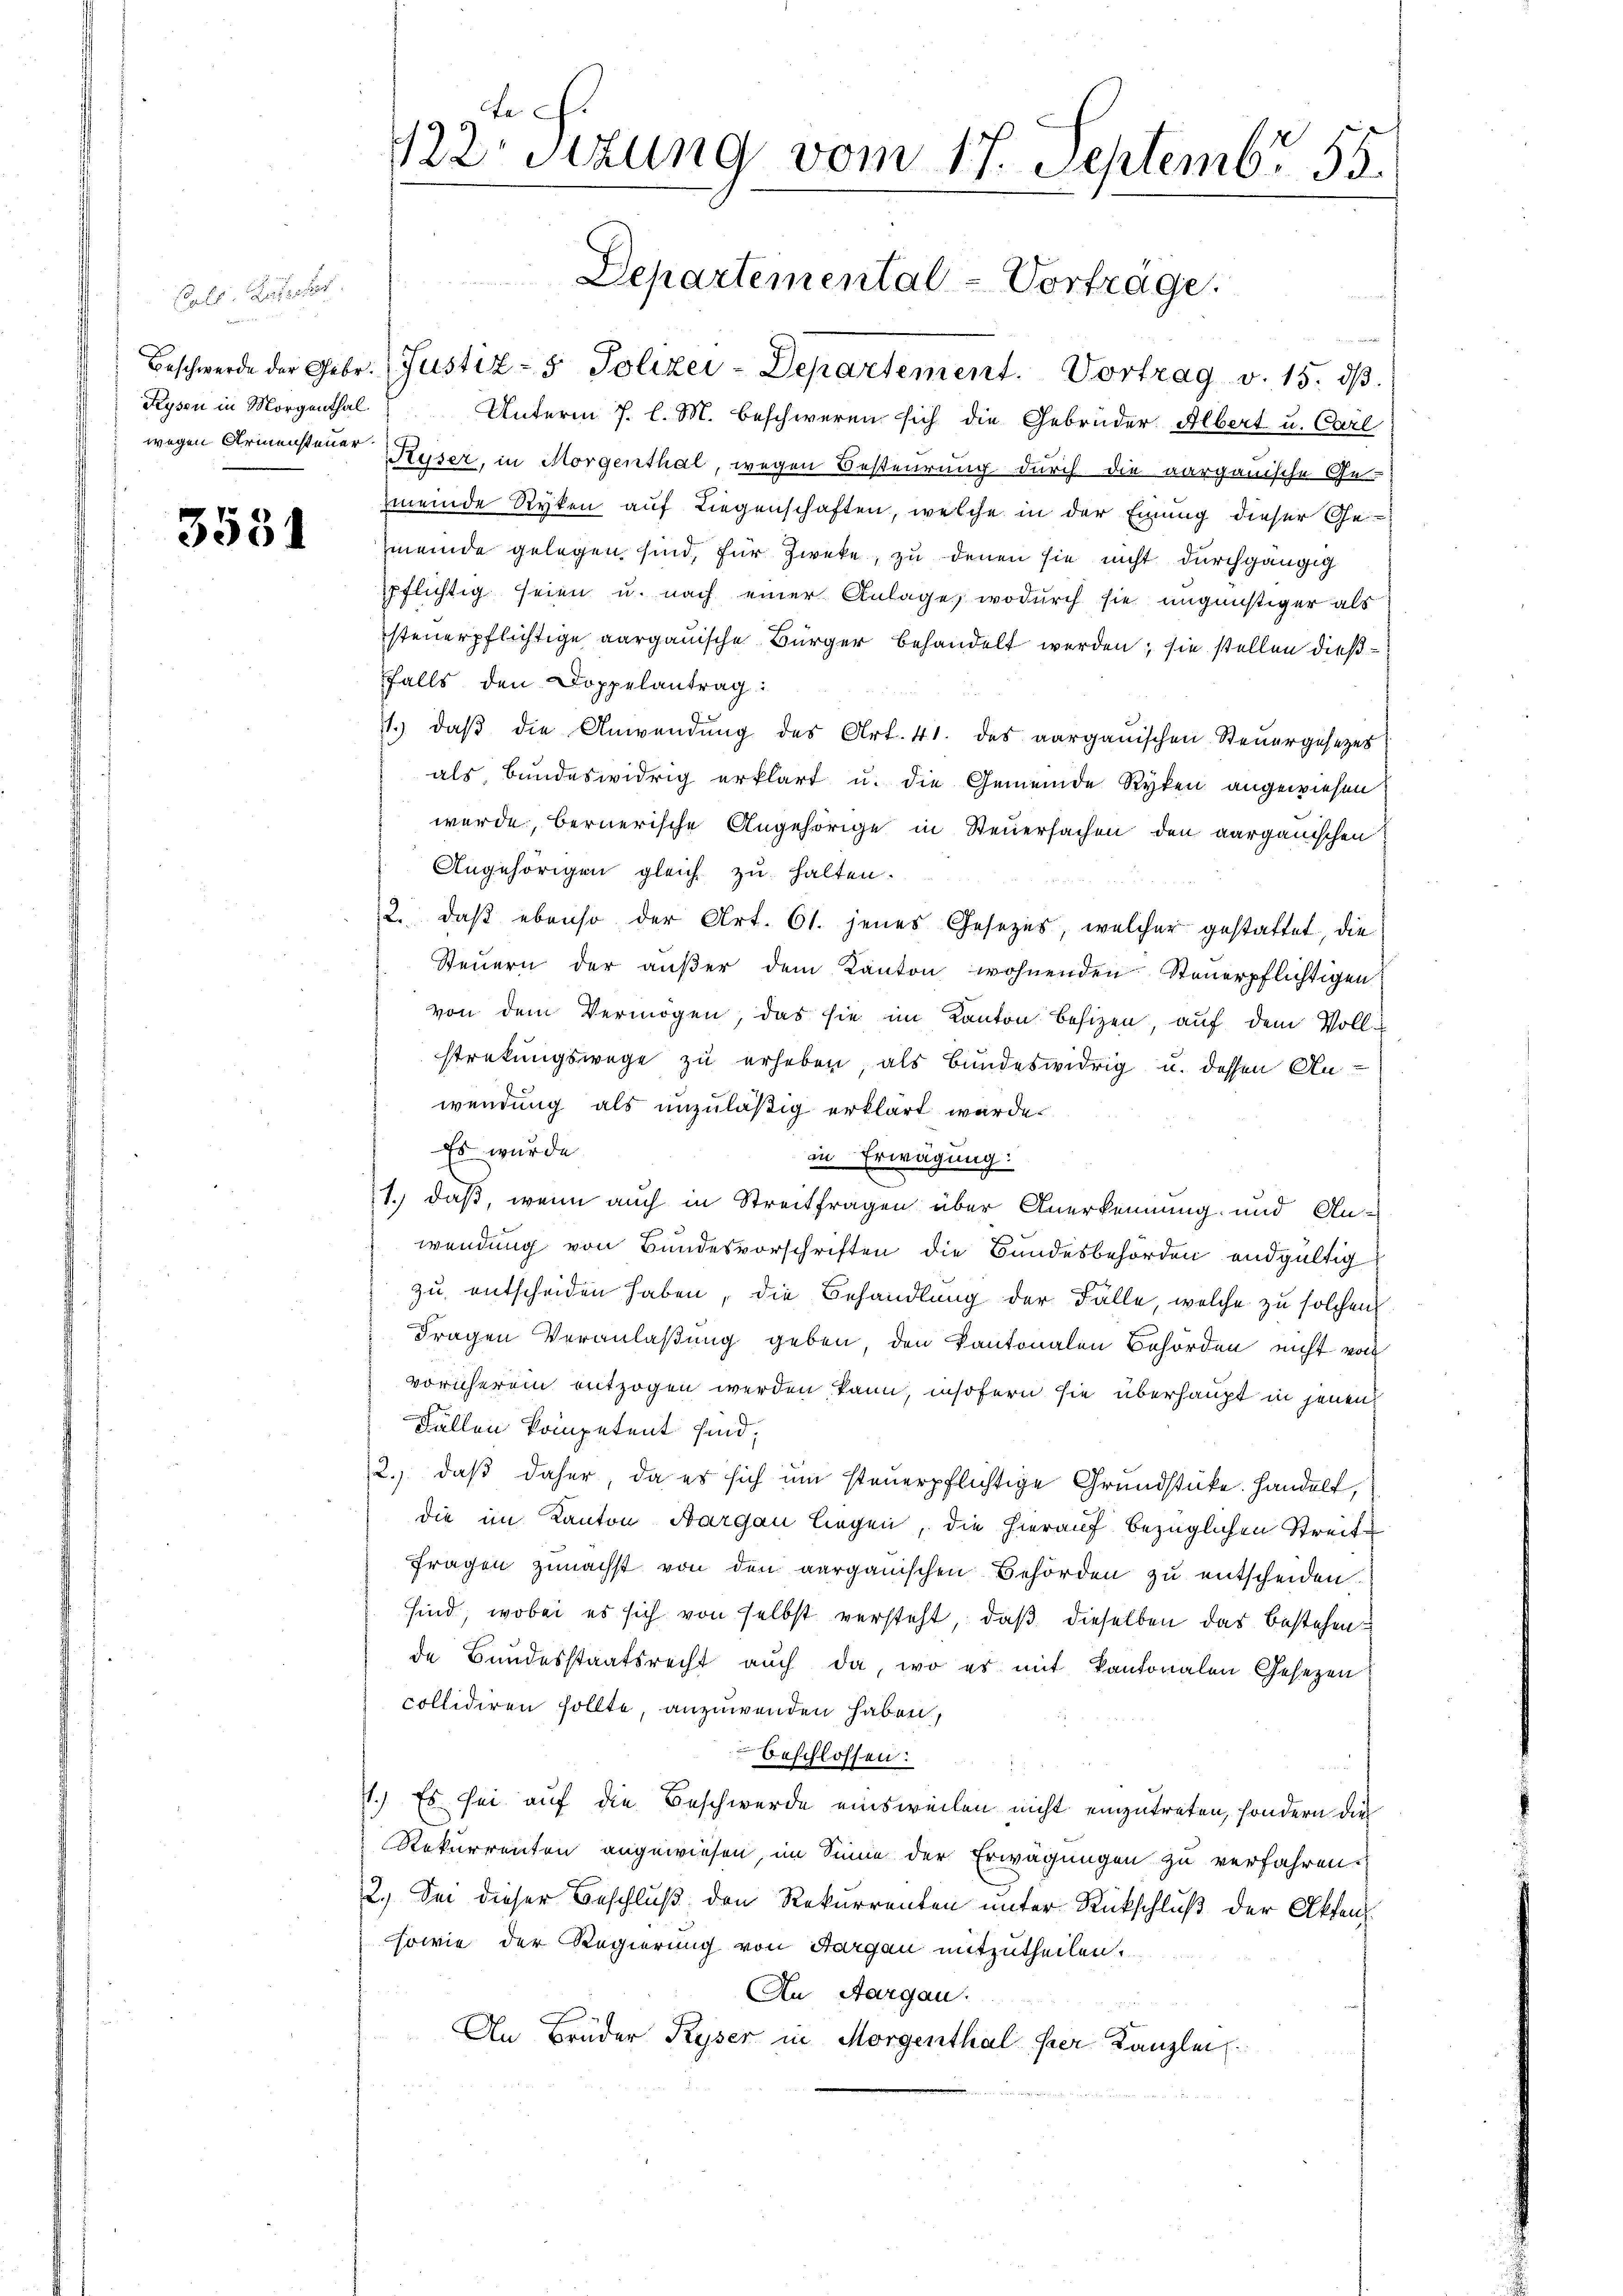
Puls Gutacht.
Kysen in Morgenthal

3531

Beschwerde der Gebr. Justiz- & Polizei-Departement. Vortrag v. 15. dβ
Unterm 7. l. M. beschweren sich die Gebrüder Albert u. Carl
wegen Armensteuer Reser, in Morgenthal, wegen Besteurung durch die aargauische Ge-
Zmeinde Ryken auf Liegenschaften, welche in der Einung dieser Gemeinde gelegen sind, für Zweke, zu denen sie nicht durchgängig
ppflichtig seien u. nach einer Anlage, wodurch sie ungünstiger als
steuerpflichtige aargauische Bürger behandelt werden; sie stellen dießfalls den Doppelantrag:
.) daβ die Anwendŭng des Art. 41. des aargauischen Steuergesezes
als, bundeswidrig erklärt u. die Gemeinde Ryten angewiesen.
wurde, bernerische Angehörige in Steuersachen den aargauischen
Angehörigen gleich zu halten.
2. daβ ebenso der Art. 61. jenes Gesetzes, welcher gestattet, die
Steuern der aŭβer dem Kanton wohnenden Steuerpflichtigen
von dem Vermögen, das sie im Kanton besizen, aŭf dem Voll-
streckungswege zu erheben, als bundeswidrig u. dessen Anwendung als unzuläßig erklärt wurde.
Es wurde
in Erwägung:
1.) daß, wenn auch in Streitfragen über Anerkennung und An-
wendung von Bundesvorschriften die Bundesbehörden endgültig
zu entscheiden haben, die Behandlung der Fälle, welche zu solchen
Fragen Veranlaßung geben, den Kantonalen Behörden nicht von
vornherein entzogen werden, kann, insofern sie überhaupt in jenen
Fällen kompetent sind;
2., daß daher, da es sich um steuerpflichtige Grundstücke. Handelt,
die im Kanton Aargau liegen, die hierauf bezüglichen Streite
Fragen zunächst von den aargauischen Behörden zu entscheiden.
sind, wobei es sich von selbst versteht, daß dieselben das bestehen
de Bundesstaatsrecht auch da, wo es mit kantonalen Gesezen
collidiren sollte, anzuwenden haben,
beschlossen:
71.) Es sei auf die Beschwerde einsweilen nicht einzutreten, sondern die
Rekurrenten angewiesen, im Sinne der Erwägungen zu verfahren.
2.) Sei dieser Beschluß den Rekurrenten unter Rückschluß der Akten.
sowie der Regierung von Aargau mitzutheilen.
An Aargau.
An Brüder Ryser in Morgenthal hier Kanzlei

te
122. Sitzung vom 17. Septembr. 155.

Departemental-Vorträge.